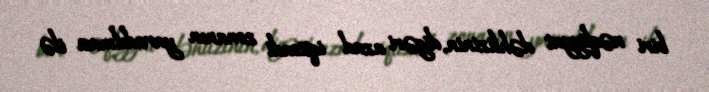
biri nəqliyyat dəhlizinin, digəri azad iqtisadi zonanın yaradılması ilə